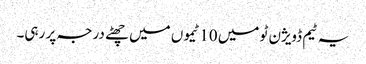
یہ ٹیم ڈویژن ٹو میں 10 ٹیموں میں چھٹے درجہ پر رہی۔